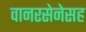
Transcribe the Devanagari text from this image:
वानरसेनेसह